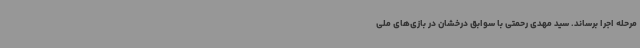
مرحله اجرا برساند. سید مهدی رحمتی با سوابق درخشان در بازی‌های ملی